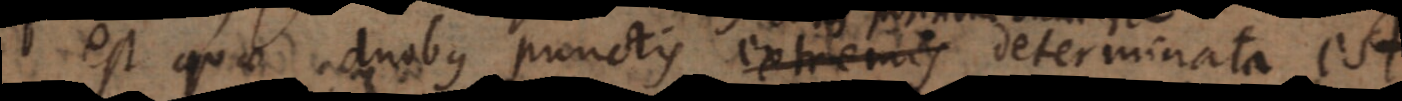
est quae duobus punctis extremis determinata est,